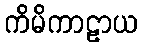
ကိမိကာဠာယ